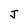
Character: J